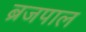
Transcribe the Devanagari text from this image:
ब्रजपाल